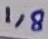
Text: 1,8